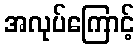
အလုပ်ကြောင့်